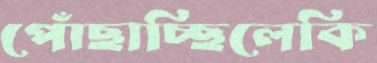
পোঁছাচ্ছিলেকি